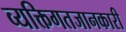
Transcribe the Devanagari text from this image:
व्यक्तिगतजानकारी